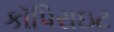
કૉપિરાઇટ